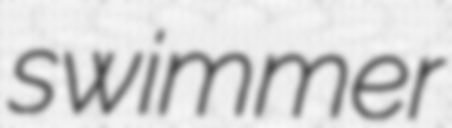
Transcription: swimmer